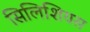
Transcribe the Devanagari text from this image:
सिलिशियस